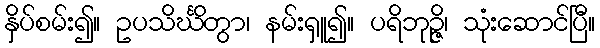
နှိပ်စမ်း၍။ ဥပသိင်္ဃိတွာ၊ နမ်းရှူ၍။ ပရိဘုဉ္ဇိ၊ သုံးဆောင်ပြီ။